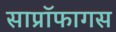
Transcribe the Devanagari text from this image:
साप्रॉफागस